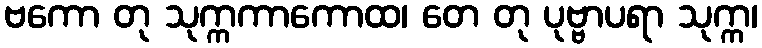
ဗကော တု သုက္ကကာကောထ၊ တေ တု ပုဗ္ဗာပရာ သုက္က၊